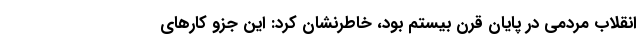
انقلاب مردمی در پایان قرن بیستم بود، خاطرنشان کرد: این جزو کارهای